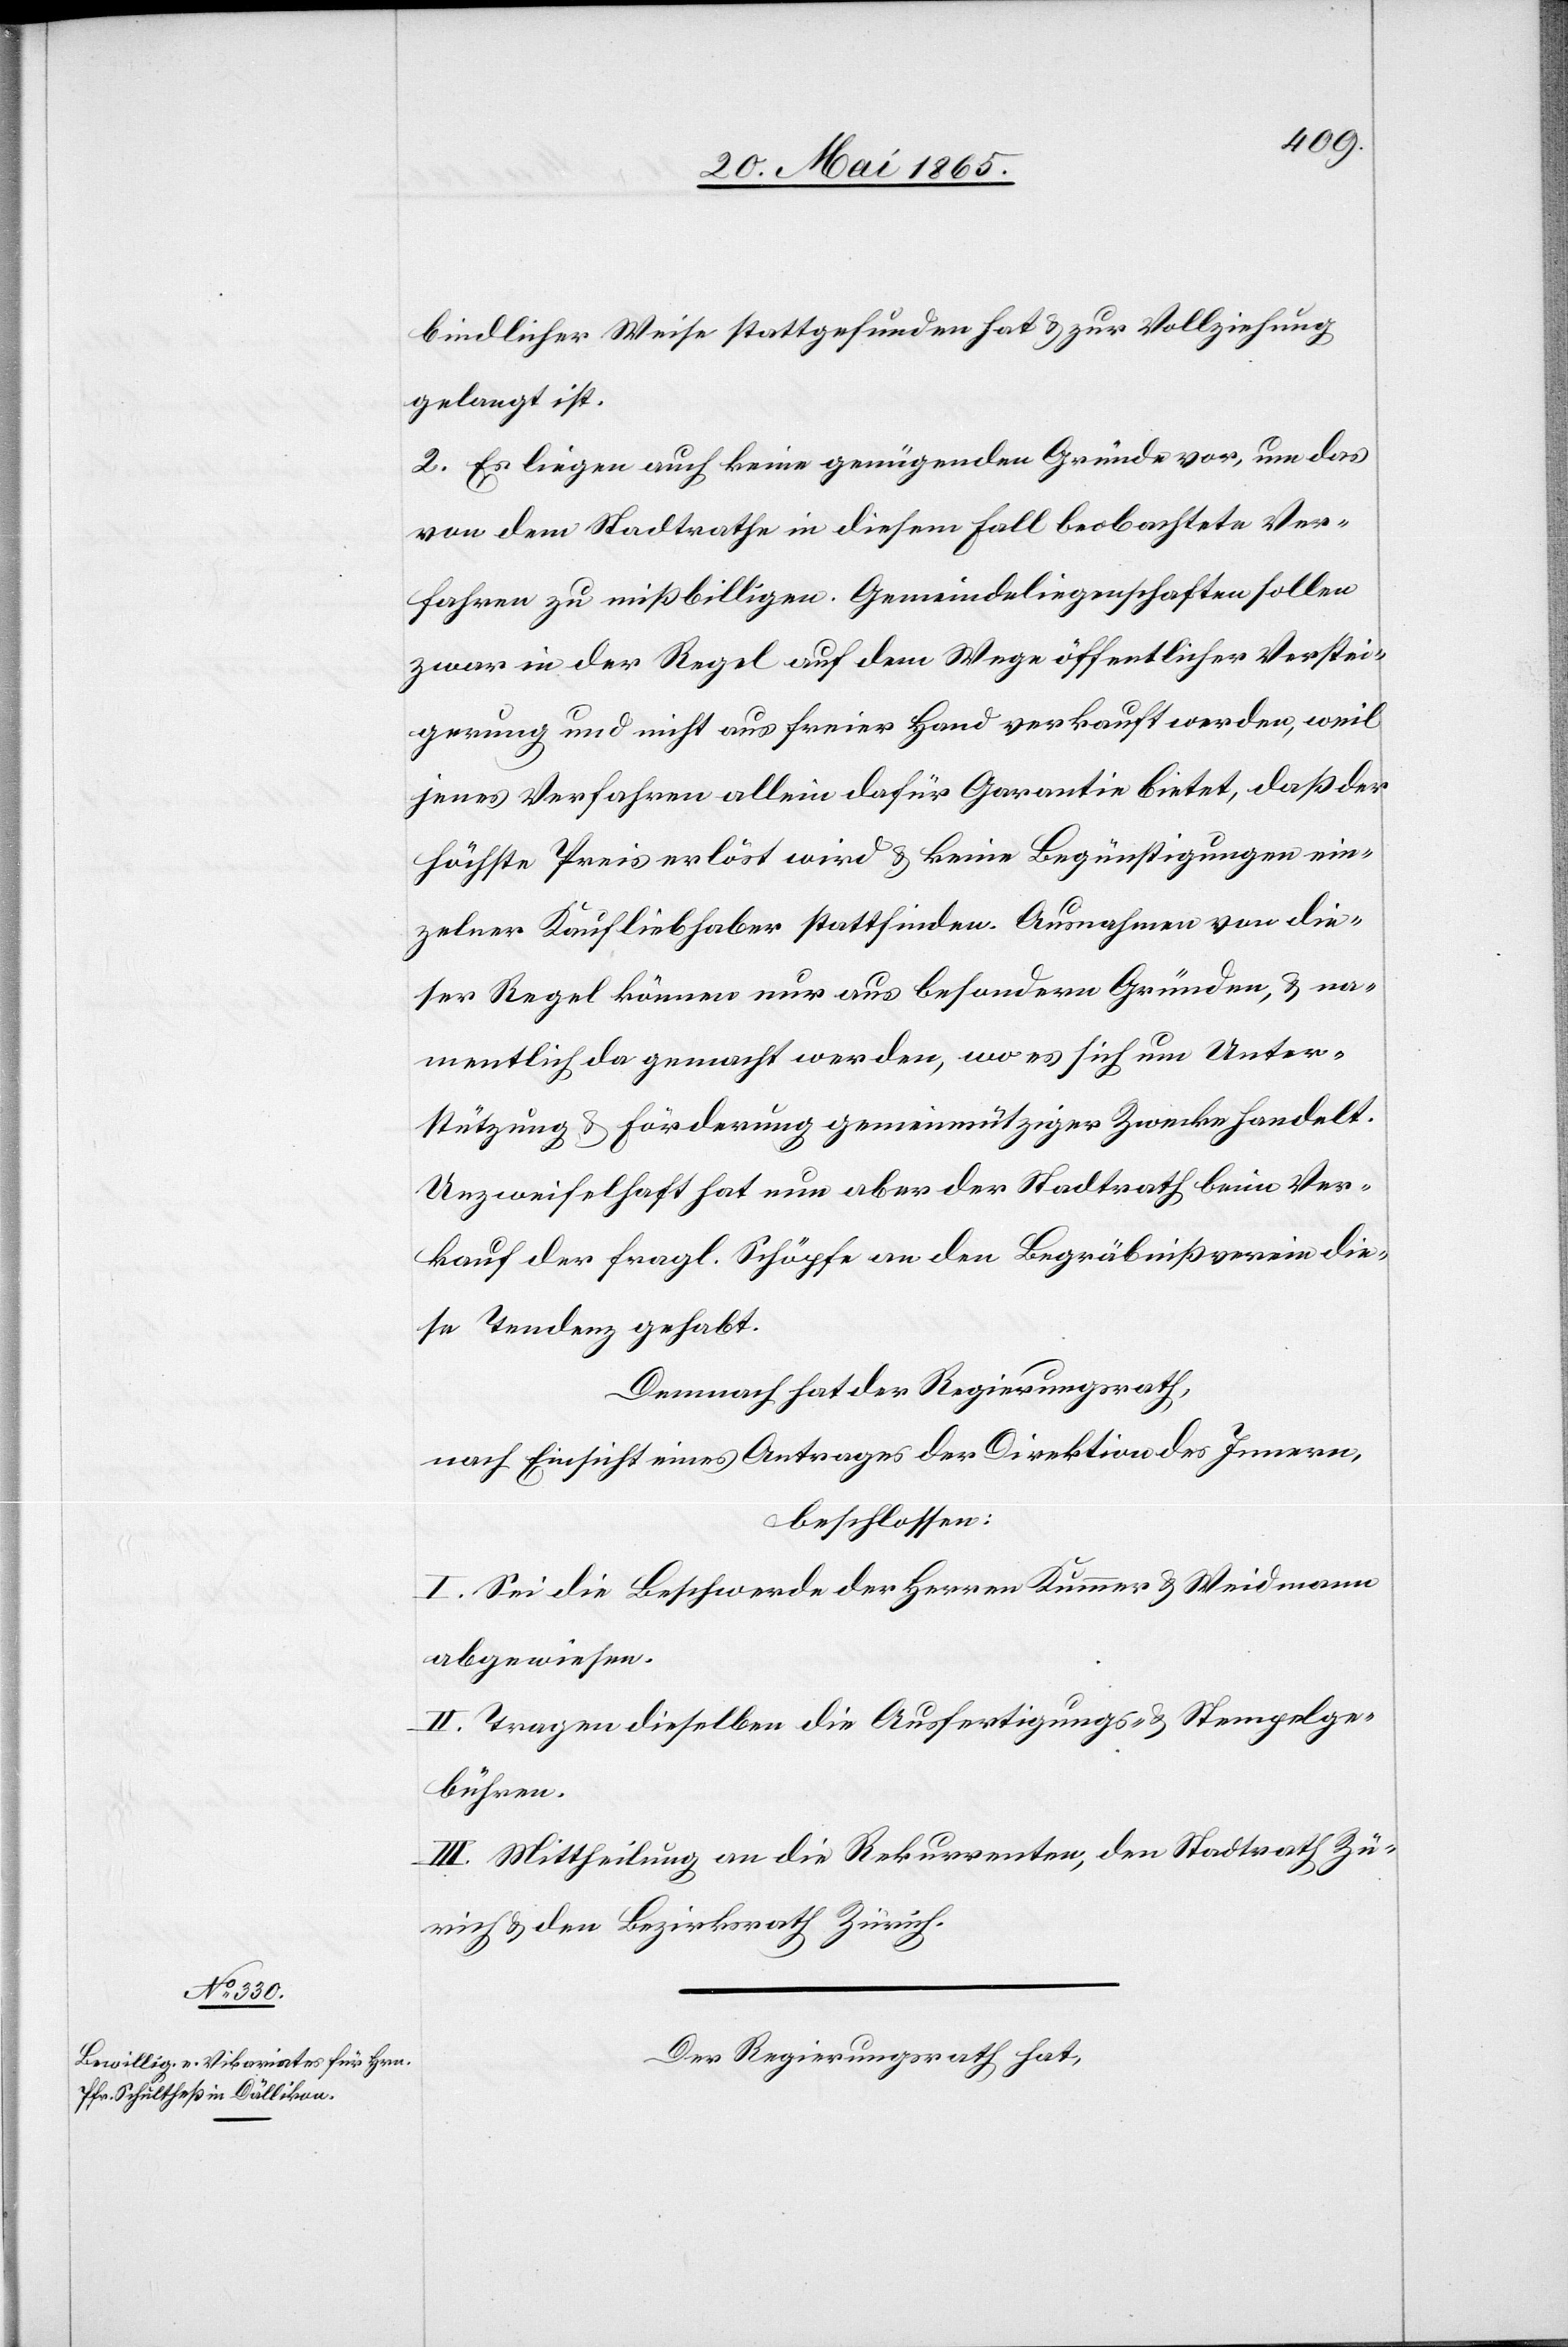
bindlicher Weise stattgefunden hat & zur Vollziehung
gelangt ist.
2. Es liegen auch keine genügenden Gründe vor, um das
von dem Stadtrathe in diesem Fall beobachtete Ver¬
fahren zu mißbilligen. Gemeindeliegenschaften sollen
zwar in der Regel auf dem Wege öffentlicher Verstei¬
gerung und nicht aus freier Hand verkauft werden, weil
jenes Verfahren allein dafür Garantie bietet, daß der
höchste Preis erlöst wird & keine Begünstigungen ein¬
zelner Kaufliebhaber stattfinden. Ausnahmen von die¬
ser Regel können nur aus besondern Gründen, & na¬
mentlich da gemacht werden, wo es sich um Unter¬
stützung & Förderung gemeinnütziger Zwecke handelt.
Unzweifelhaft hat nun aber der Stadtrath beim Ver¬
kauf der fragl. Schöpfe an den Begräbnißverein die¬
se Tendenz gehabt.
Demnach hat der Regierungsrath,
nach Einsicht eines Antrages der Direktion des Innern,
beschlossen:
I. Sei die Beschwerde der Herren Kummer & Weidmann
abgewiesen.
II. Tragen dieselben die Ausfertigungs- & Stempelge¬
bühren.
III. Mittheilung an die Rekurrenten, den Stadtrath Zü¬
rich & den Bezirksrath Zürich.
Der Regierungsrath hat,